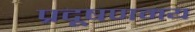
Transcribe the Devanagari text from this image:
प्रदूषणमय